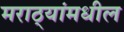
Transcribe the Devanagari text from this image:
मराठ्यांमधील